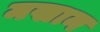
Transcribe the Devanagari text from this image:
मखान